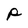
Character: p